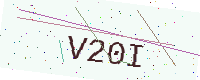
Text: V20I